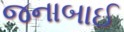
જનાબાઈ